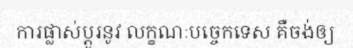
ការផ្លាស់ប្តូរនូវ លក្ខណៈបច្ចេកទេស គឺចង់ឲ្យ